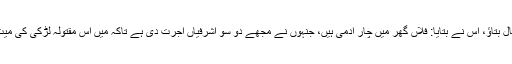
اس سے کہاگیا کہ اصل صورتِ حال بتاؤ، اُس نے بتایا: فلاں گھر میں چار آدمی ہیں، جنہوں نے مجھے دو سو اشرفیاں اجرت دی ہے تاکہ میں اس مقتولہ لڑکی کی میت کو اٹھا کر کہیں دور پھینک آؤں۔